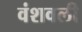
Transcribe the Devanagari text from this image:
वंशवली